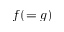
f ( = g )